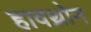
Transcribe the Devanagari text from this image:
हावथ्रोन